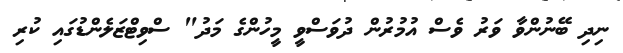
ނިދި ބޭނުންވާ ވަރު ވެސް އުމުރުން ދުވަސްވީ މީހުންގެ މަދު" ސްވިޓްޒަލެންޑުގައި ކުރި